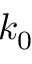
k _ { 0 }